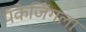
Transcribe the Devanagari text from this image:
पॅकेजिंगला